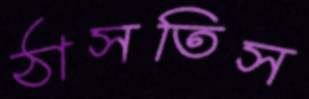
ঠাসতিস